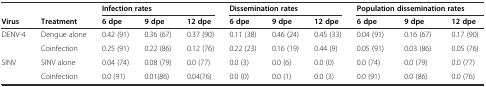
|  |  | <COLSPAN=3> Infection rates | <COLSPAN=3> Dissemination rates | <COLSPAN=3> Population dissemination rates |
 | Virus | Treatment | 6 dpe | 9 dpe | 12 dpe | 6 dpe | 9 dpe | 12 dpe | 6 dpe | 9 dpe | 12 dpe |
 | --- | --- | --- | --- | --- | --- | --- | --- | --- | --- | --- |
 | DENV-4 | Dengue alone | 0.42 (91) | 0.36 (67) | 0.37 (90) | 0.11 (38) | 0.46 (24) | 0.45 (33) | 0.04 (91) | 0.16 (67) | 0.17 (90) |
 |  | Coinfection | 0.25 (91) | 0.22 (86) | 0.12 (76) | 0.22 (23) | 0.16 (19) | 0.44 (9) | 0.05 (91) | 0.03 (86) | 0.05 (76) |
 | SINV | SINV alone | 0.04 (74) | 0.08 (79) | 0.0 (77) | 0.0 (3) | 0.0 (6) | 0.0 (0) | 0.0 (74) | 0.0 (79) | 0.0 (77) |
 |  | Coinfection | 0.0 (91) | 0.01(86) | 0.04(76) | 0.0 (0) | 0.0 (1) | 0.0 (3) | 0.0 (91) | 0.0 (86) | 0.0 (76) |